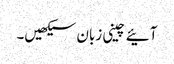
آئیے چینی زبان سیکھیں۔